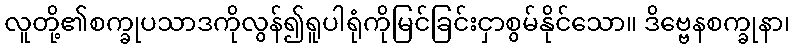
လူတို့၏စက္ခုပသာဒကိုလွန်၍ရူပါရုံကိုမြင်ခြင်းငှာစွမ်နိုင်သော။ ဒိဗ္ဗေနစက္ခုနာ၊